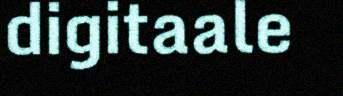
digitaale